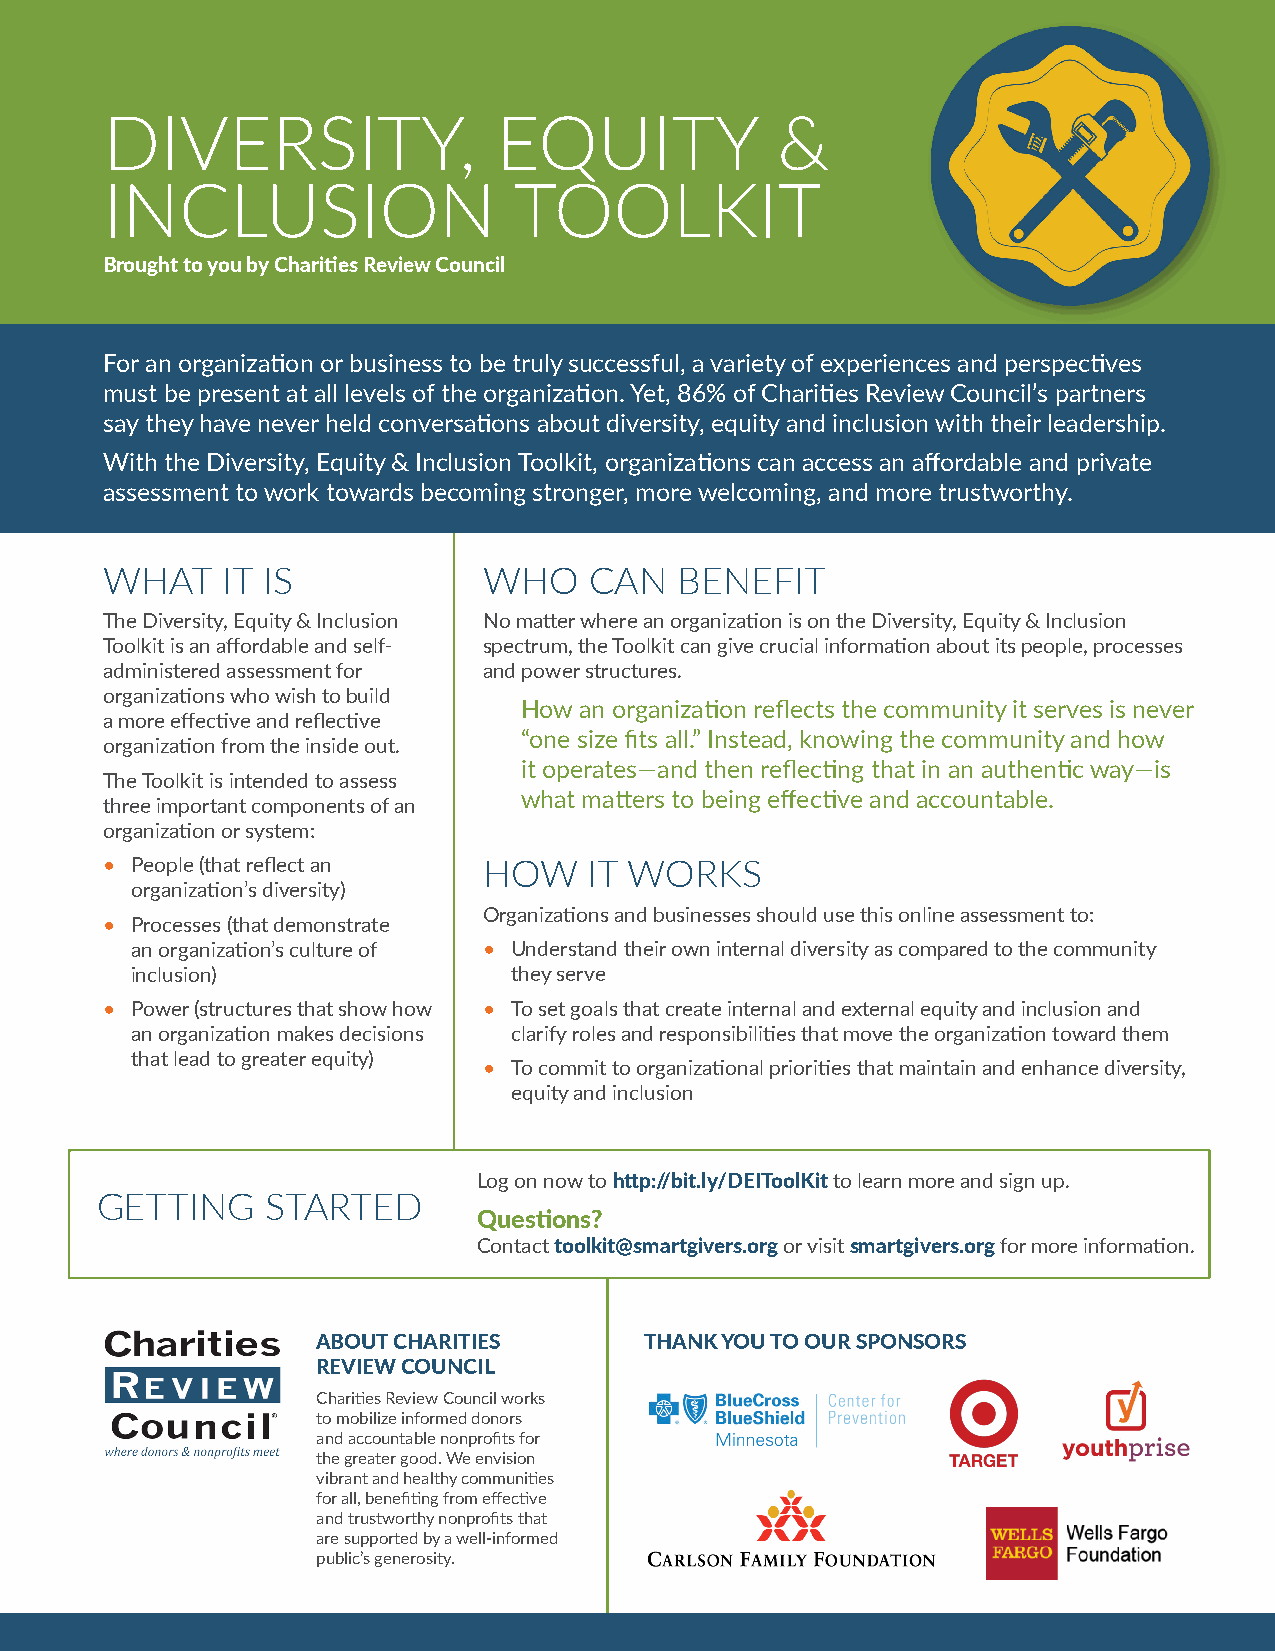
DIVERSITY,                EQUITY            &
 INCLUSION                  TOOLKIT
 Brought to you by Charities Review Council
 For an organization or business to be truly successful, a variety of experiences and perspectives
 must be present at all levels of the organization. Yet, 86% of Charities Review Council’s partners
 say they have never held conversations about diversity, equity and inclusion with their leadership.
 With the Diversity, Equity & Inclusion Toolkit, organizations can access an affordable and private
 assessment to work towards becoming stronger, more welcoming, and more trustworthy.
 WHAT    IT IS            WHO    CAN   BENEFIT
 The Diversity, Equity & Inclusion No matter where an organization is on the Diversity, Equity & Inclusion
 Toolkit is an affordable and self- spectrum, the Toolkit can give crucial information about its people, processes
 administered assessment for and power structures.
 organizations who wish to build
 How an organization reflects the community it serves is never
 a more effective and reflective
 “one size fits all.” Instead, knowing the community and how
 organization from the inside out.
 it operates—and then reflecting that in an authentic way—is
 The Toolkit is intended to assess
 what matters to being effective and accountable.
 three important components of an
 organization or system:
 • People (that reflect an HOW   IT WORKS
 organization’s diversity)
 Organizations and businesses should use this online assessment to:
 • Processes (that demonstrate
 an organization’s culture of • Understand their own internal diversity as compared to the community
 inclusion)               they serve
 • Power (structures that show how • To set goals that create internal and external equity and inclusion and
 an organization makes decisions clarify roles and responsibilities that move the organization toward them
 that lead to greater equity)
 • To commit to organizational priorities that maintain and enhance diversity,
 equity and inclusion
 Log on now to http://bit.ly/DEIToolKit to learn more and sign up.
 GETTING     STARTED
 Questions?
 Contact toolkit@smartgivers.org or visit smartgivers.org for more information.
 ABOUT CHARITIES       THANK YOU TO OUR SPONSORS
 REVIEW COUNCIL
 Charities Review Council works
 to mobilize informed donors
 and accountable nonprofits for
 the greater good. We envision
 vibrant and healthy communities
 for all, benefiting from effective
 and trustworthy nonprofits that
 are supported by a well-informed
 public’s generosity.